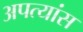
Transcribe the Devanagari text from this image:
अपत्यांस